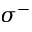
\sigma ^ { - }